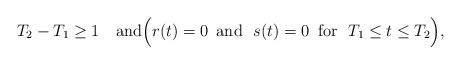
LaTeX: \begin{align*}T_2-T_1\ge 1\quad\mbox{and}\Bigl(r(t)=0 \, \mbox{ and }\ s(t)=0\, \mbox{ for }\ T_1\le t\le T_2\Bigr),\end{align*}